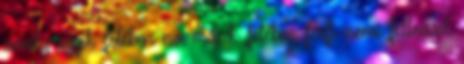
amely egyik felében no, másik felében férfi nemi felleggel